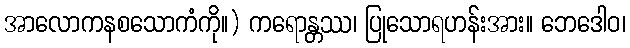
အာလောကနစသောကံကို။) ကရောန္တဿ၊ ပြုသောရဟန်းအား။ ဘေဒေါဝ၊